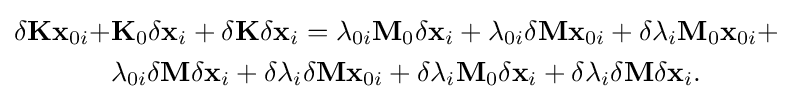
{\begin{aligned}\delta \mathbf {K} \mathbf {x} _{0i}+&\mathbf {K} _{0}\delta \mathbf {x} _{i}+\delta \mathbf {K} \delta \mathbf {x} _{i}=\lambda _{0i}\mathbf {M} _{0}\delta \mathbf {x} _{i}+\lambda _{0i}\delta \mathbf {M} \mathbf {x} _{0i}+\delta \lambda _{i}\mathbf {M} _{0}\mathbf {x} _{0i}+\\&\lambda _{0i}\delta \mathbf {M} \delta \mathbf {x} _{i}+\delta \lambda _{i}\delta \mathbf {M} \mathbf {x} _{0i}+\delta \lambda _{i}\mathbf {M} _{0}\delta \mathbf {x} _{i}+\delta \lambda _{i}\delta \mathbf {M} \delta \mathbf {x} _{i}.\end{aligned}}